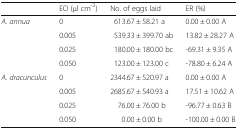
|  | EO (μl cm-2) | No. of eggs laid | ER (%) |
 | --- | --- | --- | --- |
 | <ROWSPAN=4> A. annua | 0 | 613.67 ± 58.21 a | 0.00 ± 0.00 A |
 | 0.005 | 539.33 ± 399.70 ab | 13.82 ± 28.27 A |
 | 0.025 | 180.00 ± 180.00 bc | -69.31 ± 9.35 A |
 | 0.050 | 123.00 ± 123.00 c | -78.80 ± 6.24 A |
 | <ROWSPAN=4> A. dracunculus | 0 | 2344.67 ± 520.97 a | 0.00 ± 0.00 A |
 | 0.005 | 2685.67 ± 540.93 a | 17.51 ± 10.62 A |
 | 0.025 | 76.00 ± 76.00 b | -96.77 ± 0.63 B |
 | 0.050 | 0.00 ± 0.00 b | -100.00 ± 0.00 B |